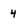
Character: 4